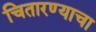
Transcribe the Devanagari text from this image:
चितारण्याचा